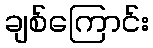
ချစ်ကြောင်း